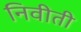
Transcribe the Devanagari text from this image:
निवीती